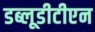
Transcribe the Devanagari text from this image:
डब्लूडीटीएन